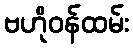
ဗဟိုဝန်ထမ်း